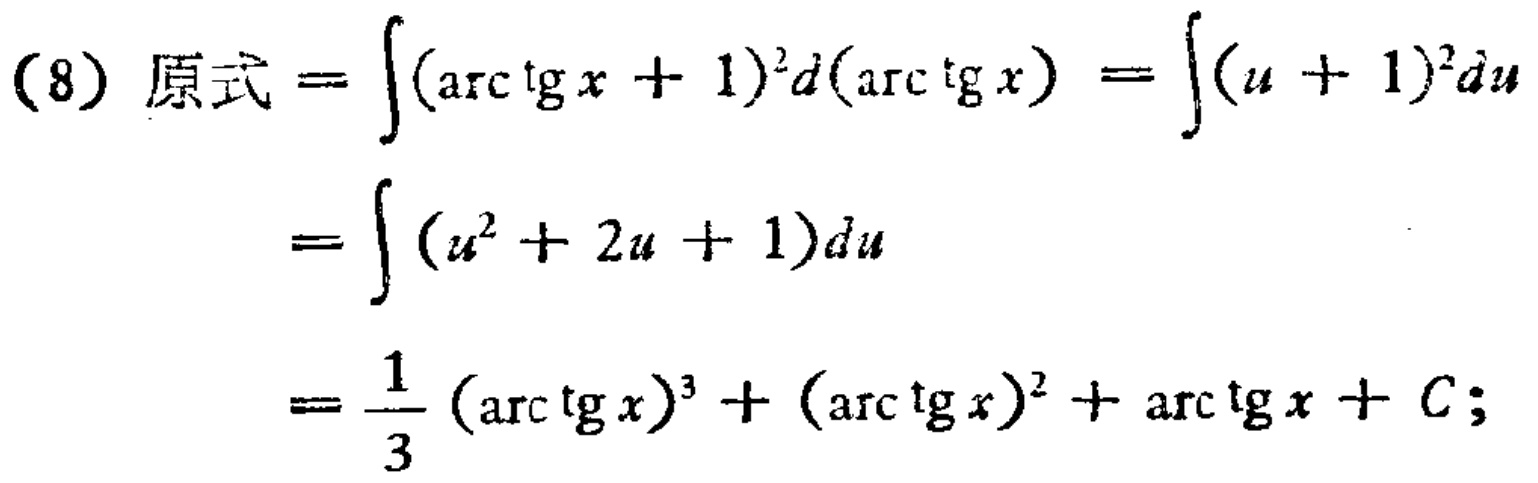
(8) 原式 \(=\int(\arctan x + 1)^2d(\arctan x)=\int(u + 1)^2du\)
\(=\int (u^2 + 2u + 1)du\)
\(=\frac{1}{3}(\arctan x)^3+(\arctan x)^2+\arctan x + C;\)